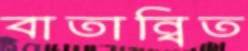
বাতান্বিত